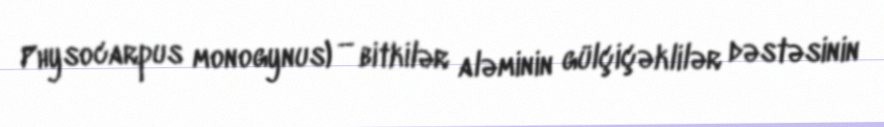
Physocarpus monogynus) — bitkilər aləminin gülçiçəklilər dəstəsinin